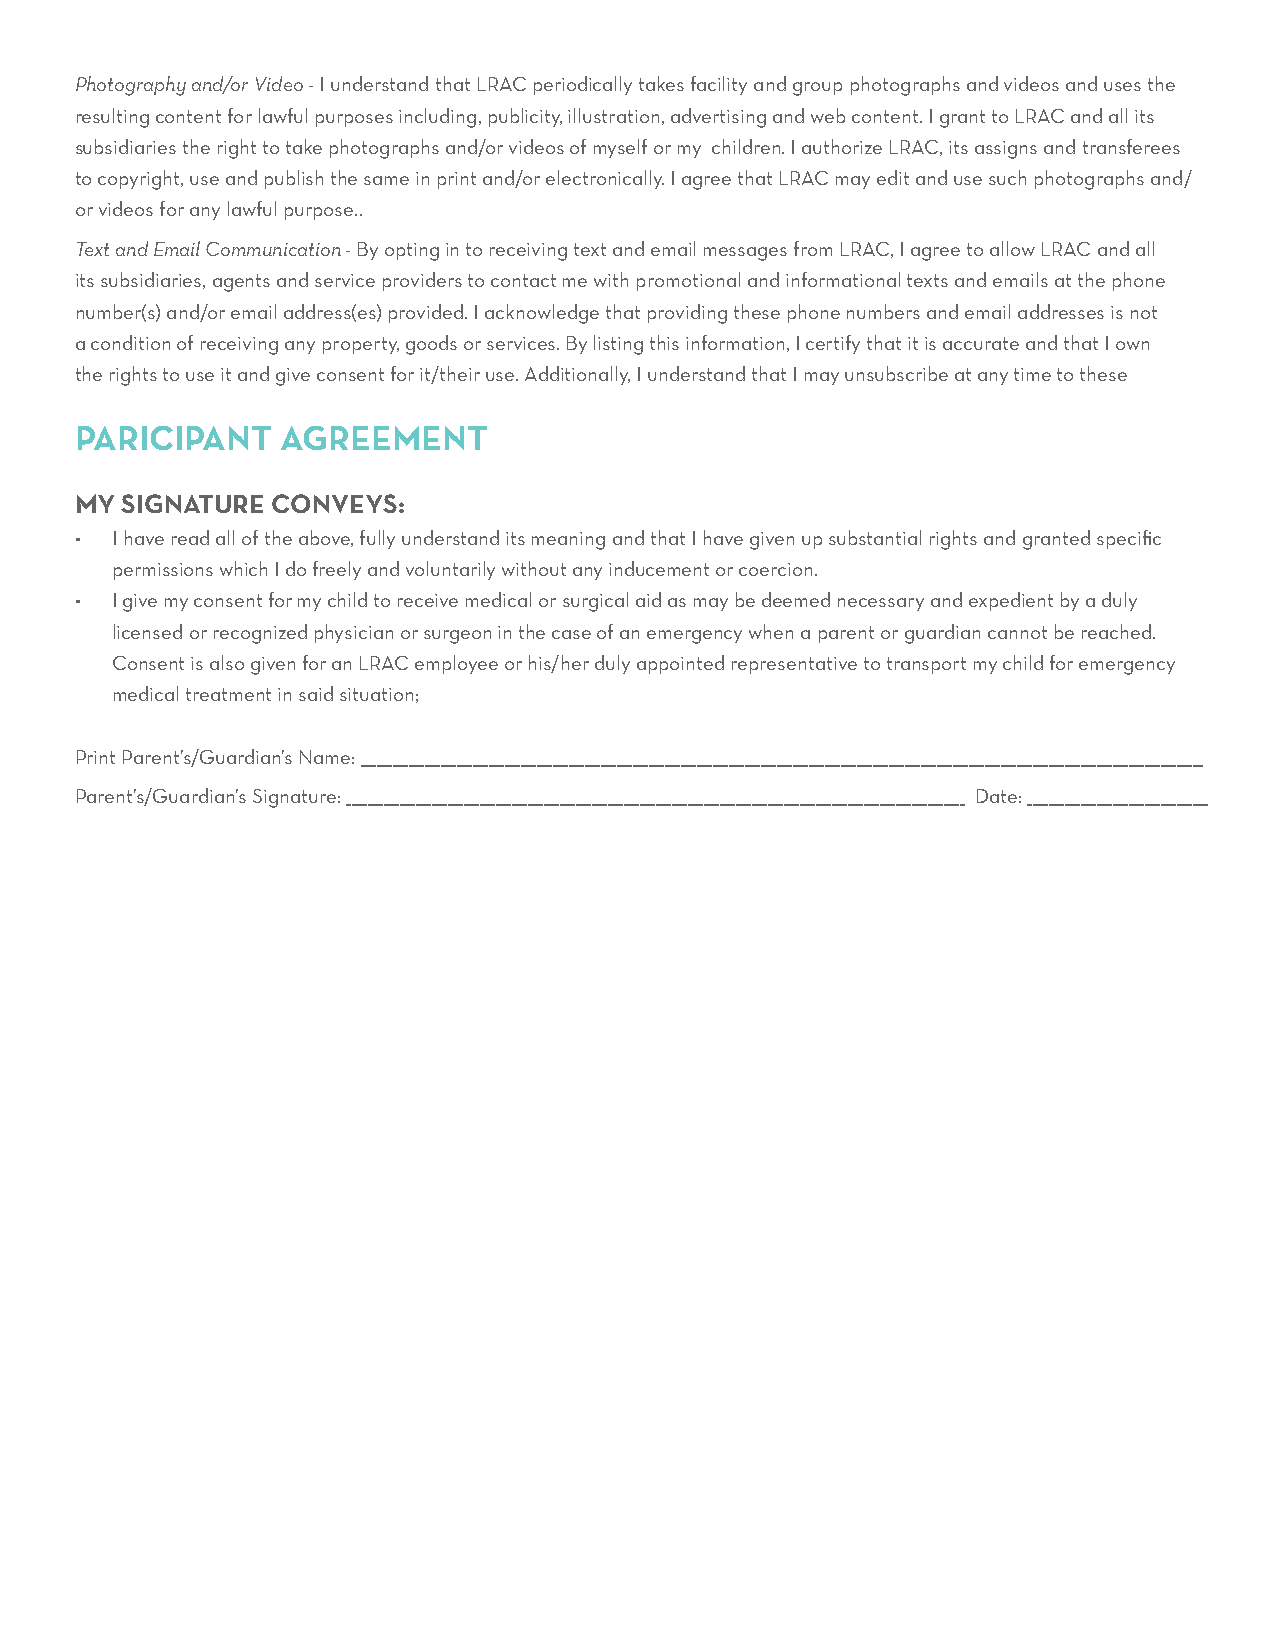
Photography and/or Video - I understand that LRAC periodically takes facility and group photographs and videos and uses the
 resulting content for lawful purposes including, publicity, illustration, advertising and web content. I grant to LRAC and all its
 subsidiaries the right to take photographs and/or videos of myself or my children. I authorize LRAC, its assigns and transferees
 to copyright, use and publish the same in print and/or electronically. I agree that LRAC may edit and use such photographs and/
 or videos for any lawful purpose..
 Text and Email Communication - By opting in to receiving text and email messages from LRAC, I agree to allow LRAC and all
 its subsidiaries, agents and service providers to contact me with promotional and informational texts and emails at the phone
 number(s) and/or email address(es) provided. I acknowledge that providing these phone numbers and email addresses is not
 a condition of receiving any property, goods or services. By listing this information, I certify that it is accurate and that I own
 the rights to use it and give consent for it/their use. Additionally, I understand that I may unsubscribe at any time to these
 PARICIPANT    AGREEMENT
 MY SIGNATURE CONVEYS:
 • I have read all of the above, fully understand its meaning and that I have given up substantial rights and granted specific
 permissions which I do freely and voluntarily without any inducement or coercion.
 • I give my consent for my child to receive medical or surgical aid as may be deemed necessary and expedient by a duly
 licensed or recognized physician or surgeon in the case of an emergency when a parent or guardian cannot be reached.
 Consent is also given for an LRAC employee or his/her duly appointed representative to transport my child for emergency
 medical treatment in said situation;
 Print Parent’s/Guardian’s Name: ______________________________________________________________________________________________________________________________________________________________
 Parent’s/Guardian’s Signature: ____________________________________________________________________________________________________________________ Date: __________________________________